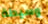
وسيطة